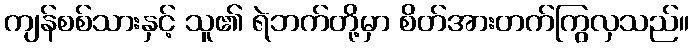
ကျန်စစ်သားနှင့် သူ၏ ရဲဘက်တို့မှာ စိတ်အားတက်ကြွလှသည်။